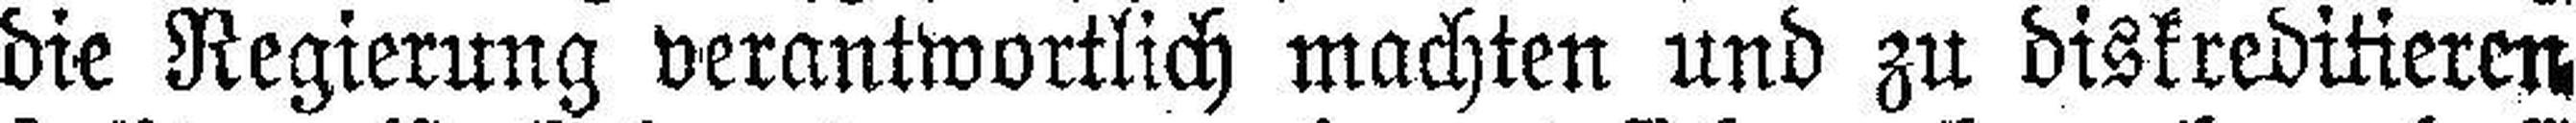
die Regierung verantwortlich machten und zu diskreditieren